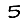
Digit: 5